Leaving Certificate Examination (including Day School Certificate (Higher) General paper), 1935
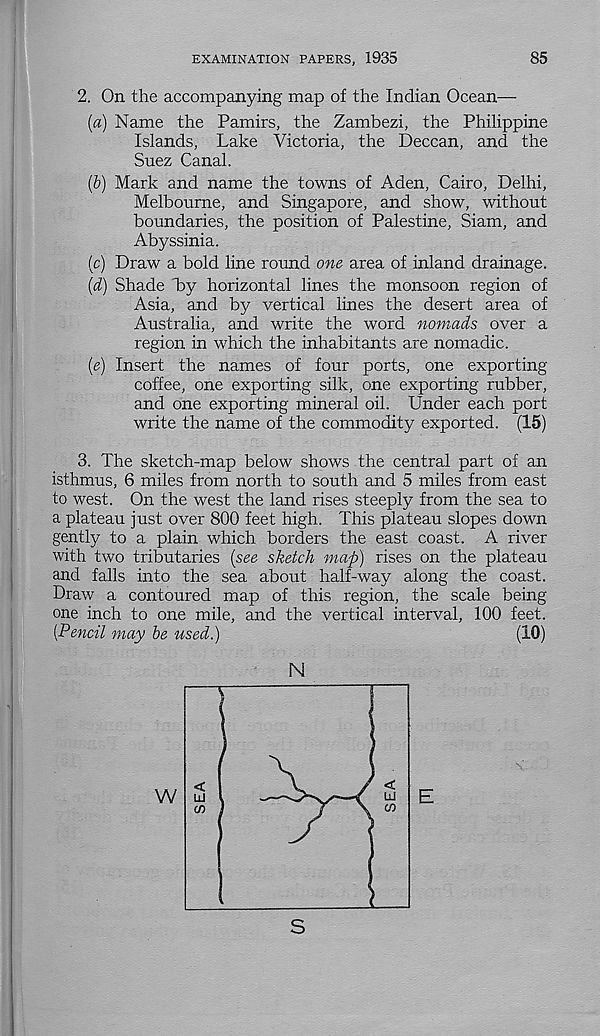
EXAMINATION PAPERS, 1935
85
2. On the accompanying map of the Indian Ocean—
(a) Name the Pamirs, the Zambezi, the Philippine
Islands, Lake Victoria, the Deccan, and the
Suez Canal.
(b) Mark and name the towns of Aden, Cairo, Delhi,
Melbourne, and Singapore, and show, without
boundaries, the position of Palestine, Siam, and
Abyssinia.
(c) Draw a bold line round one area of inland drainage.
{d) Shade b>y horizontal lines the monsoon region of
Asia, and by vertical lines the desert area of
Australia, and write the word nomads over a
region in which the inhabitants are nomadic.
(e) Insert the names of four ports, one exporting
coffee, one exporting silk, one exporting rubber,
and one exporting mineral oil. Under each port
write the name of the commodity exported. (15)
3. The sketch-map below shows the central part of an
isthmus, 6 miles from north to south and 5 miles from east
to west. On the west the land rises steeply from the sea to
a plateau just over 800 feet high. This plateau slopes down
gently to a plain which borders the east coast. A river
with two tributaries [see sketch map) rises on the plateau
and falls into the sea about half-way along the coast.
Draw a contoured map of this region, the scale being
one inch to one mile, and the vertical interval, 100 feet.
[Pencil may be used.)
(10)
N